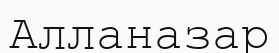
Алланазар